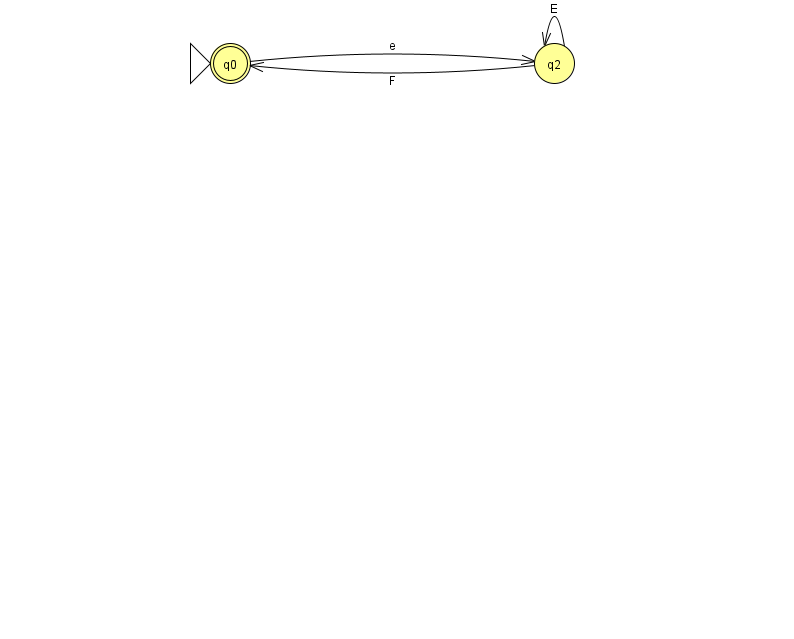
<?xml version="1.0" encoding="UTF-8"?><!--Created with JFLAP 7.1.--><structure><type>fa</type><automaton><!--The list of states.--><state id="0" name="q0"><x>230.0</x><y>50.0</y><initial/><final/></state><state id="2" name="q2"><x>554.0</x><y>50.0</y></state><!--The list of transitions.--><transition><from>2</from><to>2</to><read>E</read></transition><transition><from>0</from><to>2</to><read>e</read></transition><transition><from>2</from><to>0</to><read>F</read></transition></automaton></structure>